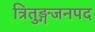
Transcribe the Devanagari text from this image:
त्रितुङ्गजनपद